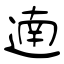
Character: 遖